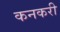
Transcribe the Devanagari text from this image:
कनकरी